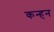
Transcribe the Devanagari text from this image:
कन्हन